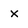
Character: x